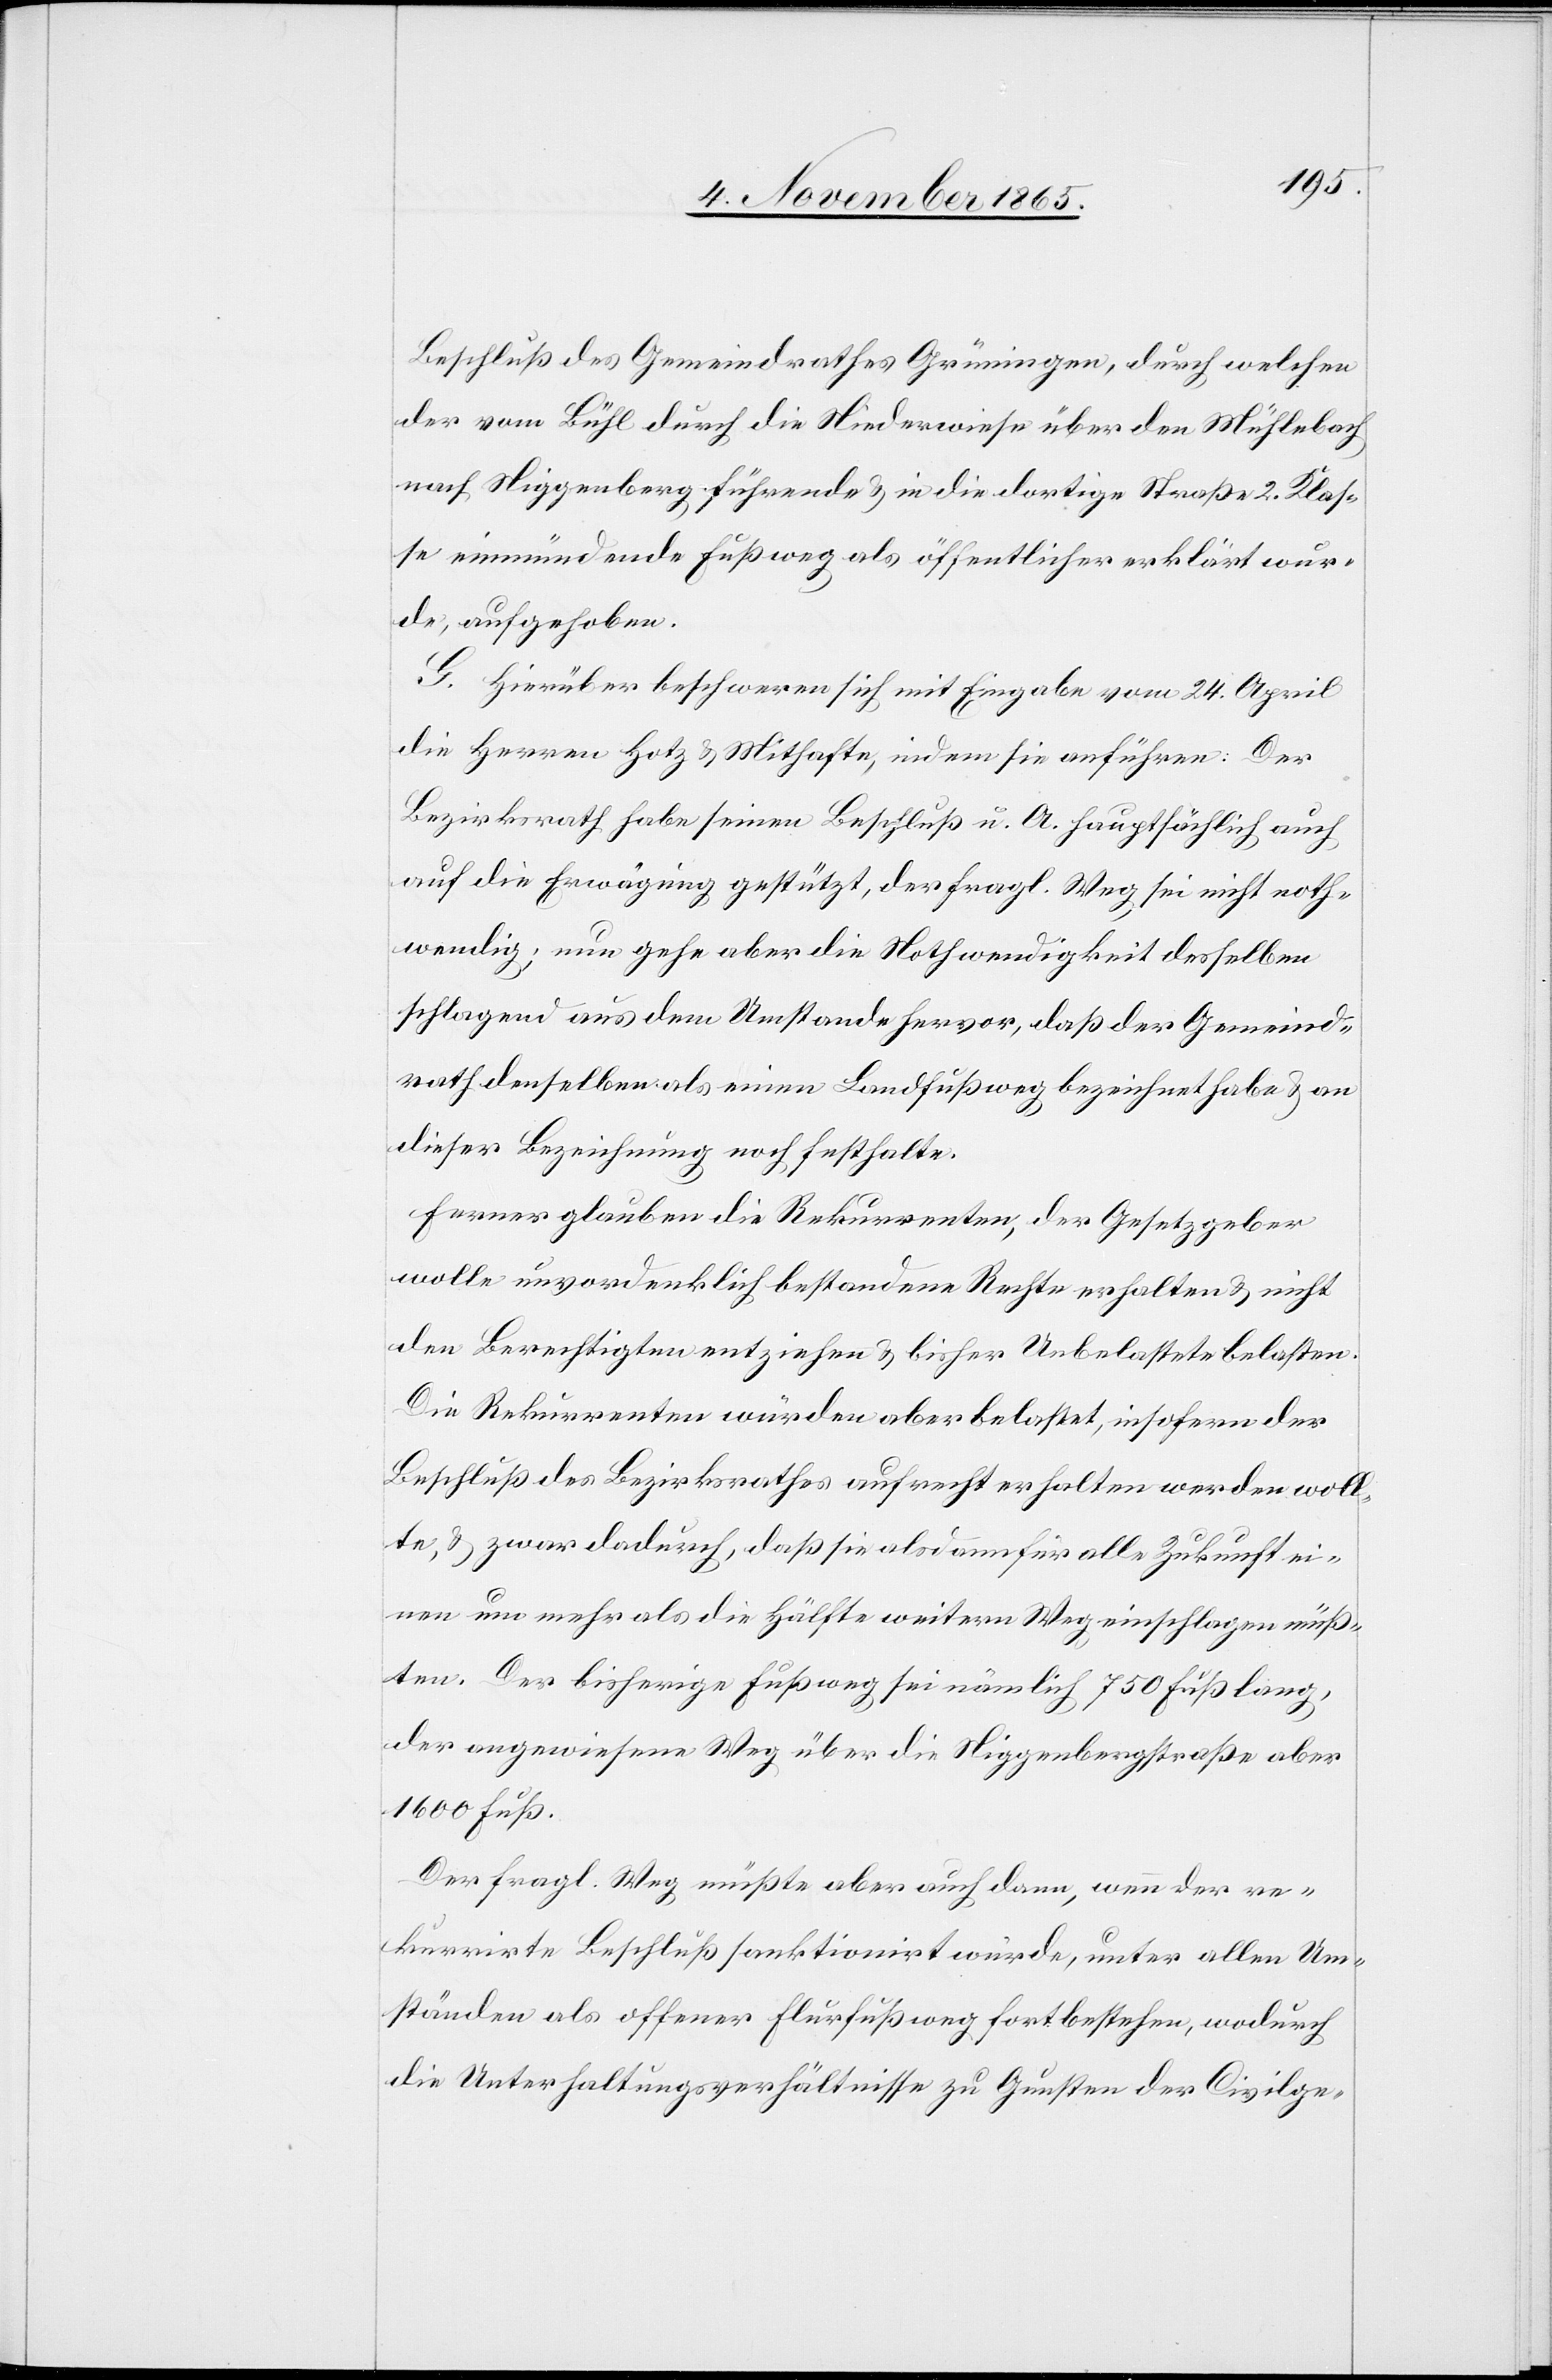
Beschluß des Gemeindrathes Grüningen, durch welchen
der vom Bühl durch die Niederwiese über den Mühlebach
nach Niggenberg führende & in die dortige Straße 2. Klas¬
se einmündende Fußweg als öffentlicher erklärt wur¬
de, aufgehoben.
G. Hierüber beschweren sich mit Eingabe vom 24. April
die Herren Hotz & Mithafte, indem sie anführen: Der
Bezirksrath habe seinen Beschluß u. A. hauptsächlich auch
auf die Erwägung gestützt, der fragl. Weg sei nicht noth¬
wendig; nun gehe aber die Nothwendigkeit desselben
schlagend aus dem Umstande hervor, daß der Gemeind¬
rath denselben als einen Landfußweg bezeichnet habe & an
dieser Bezeichnung noch festhalte.
Ferner glauben die Rekurrenten, der Gesetzgeber
wolle unvordenklich bestandene Rechte erhalten & nicht
den Berechtigten entziehen & bisher Unbelastete belasten.
Die Rekurrenten würden aber belastet, insofern der
Beschluß des Bezirksrathes aufrecht erhalten werden woll¬
te, & zwar dadurch, daß sie alsdann für alle Zukunft ei¬
nen um mehr als die Hälfte weitern Weg einschlagen müß¬
ten. Der bisherige Fußweg sei nämlich 750 Fuß lang,
der angewiesene Weg über die Niggenbergstraße aber
1600 Fuß.
Der fragl. Weg müßte aber auch dann, wenn der re¬
kurrirte Beschluß sanktionirt würde, unter allen Um¬
ständen als offener Flurfußweg fortbestehen, wodurch
die Unterhaltungsverhältnisse zu Gunsten der Civilge-